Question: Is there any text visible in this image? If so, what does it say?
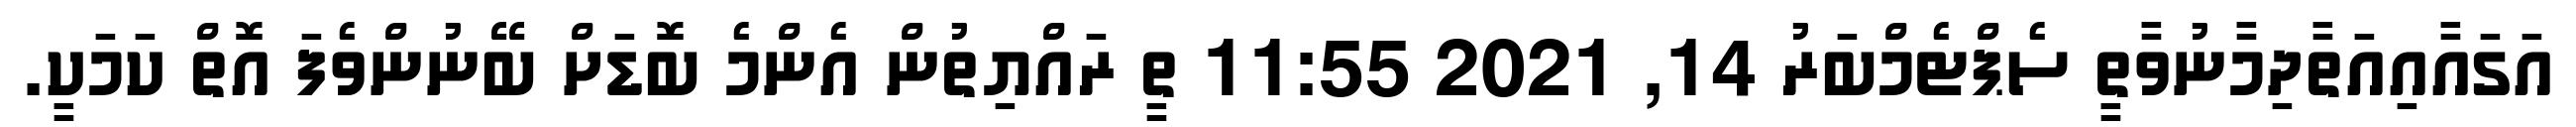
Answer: އަގައާއިއަތާދިމާނުވާތީ ސެޕްޓެމްބަރު 14, 2021 11:55 ތީ ރައްޔިތުން އެންމެ ބޮޑަށް ބޭނުންވެފަ އޮތް ކަމަކީ.